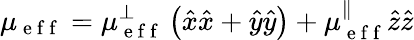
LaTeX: \mu_{\mathrm{~e~f~f~}}=\mu_{\mathrm{~e~f~f~}}^{\perp}\left(\hat{x}\hat{x}+\hat{y}\hat{y}\right)+\mu_{\mathrm{~e~f~f~}}^{\parallel}\hat{z}\hat{z}